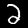
Label: 2